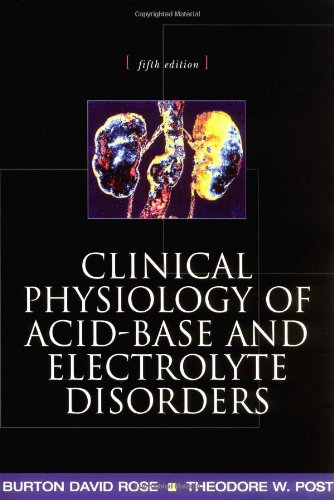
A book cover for Clinical Physiology of Acid-Base and Electrolyte Disorders (Clinical Physiology of Acid Base & Electrolyte Disorders); Burton Rose; Engineering & Transportation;